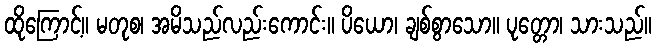
ထိုကြောင့်။ မတုစ၊ အမိသည်လည်းကောင်း။ ပိယော၊ ချစ်စွာသော။ ပုတ္တော၊ သားသည်။